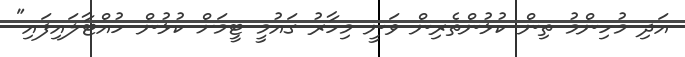
އަދި މުހިންމު ތިން ކުޅުންތެރިން ވަނީ މިހާރު ގައުމީ ޓީމަށް ކުޅުން ހުއްޓާލައިފައި"